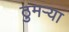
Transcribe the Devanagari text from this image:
ठुमऱ्या